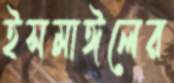
ইসমাঈলের